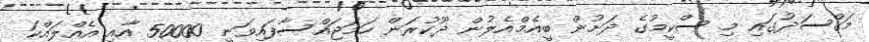
މަގްސަދުގައި މި ސްކީމުގެ ދަށުން ބީއެމްއެލުން ދޫކުރަން ހަމަޖައްސާފައިވަނީ 50000 އާއި އެއްލައްކަ